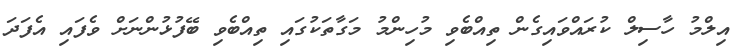
އިލްމު ހާސިލް ކުރައްވައިގެން ތިއްބެވި މުހިންމު މަގާތަކުުގައި ތިއްބެވި ބޭފުޅުންނަށް ވެފައި އެފަދަ